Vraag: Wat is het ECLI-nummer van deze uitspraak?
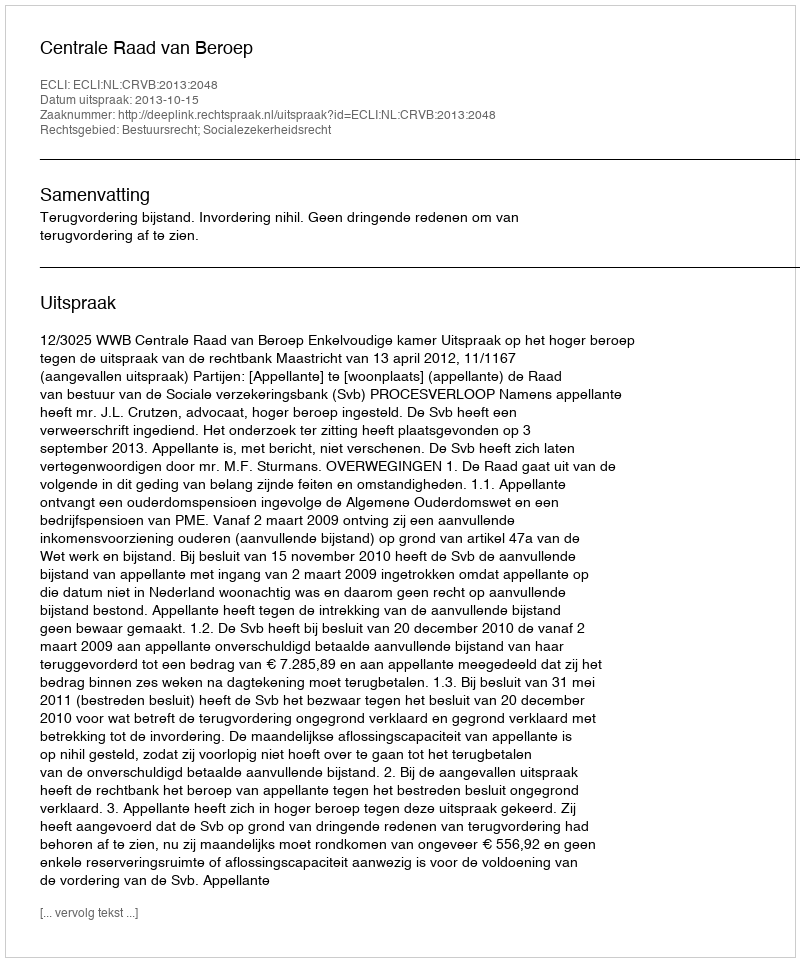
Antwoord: ECLI:NL:CRVB:2013:2048